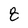
Character: 8